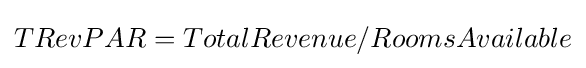
TRevPAR=TotalRevenue/RoomsAvailable